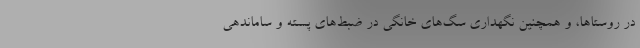
در روستاها، و همچنین نگهداری سگ‌های خانگی در ضبط‌های پسته و ساماندهی